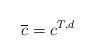
LaTeX: \begin{align*}\overline{c}=c^{T,d}\end{align*}